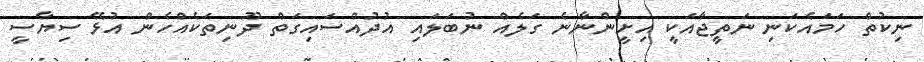
ނިކުތް ހަމައެކަނި ނަތީޖާއަކީ އިށީންނާނެ ގަލެއް ނުބަލައި އުދުއްސައިގަތް ދޫނިތަކެއްހެން އުޅޭ ސިޔާސީ